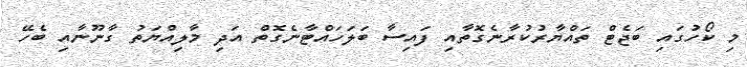
މި ކޯހުގައި ބަޖެޓް ތައްޔާރުކުރާނެގޮތާއި ފައިސާ ބަލަހައްޓާނެގޮތް އަދި މާލިއްޔަތު ގާނޫނާއި ބެހޭ